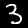
Label: 3